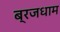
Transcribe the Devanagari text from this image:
ब्रजधाम